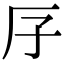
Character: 𠨯